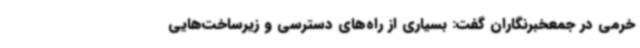
خرمی در جمعخبرنگاران گفت: بسیاری از راه‌های دسترسی و زیرساخت‌هایی